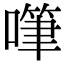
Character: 𠽩